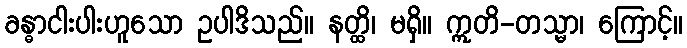
ခန္ဓာငါးပါးဟူသော ဥပါဒိသည်။ နတ္ထိ၊ မရှိ။ ဣတိ-တသ္မာ၊ ကြောင့်။